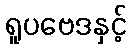
ရူပဗေဒနှင့်